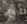
إطالة